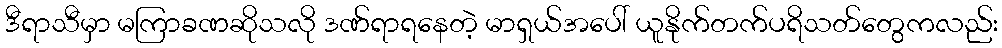
ဒီရာသီမှာ မကြာခဏဆိုသလို ဒဏ်ရာရနေတဲ့ မာရှယ်အပေါ် ယူနိုက်တက်ပရိသတ်တွေကလည်း